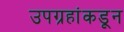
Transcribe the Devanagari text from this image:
उपग्रहांकडून